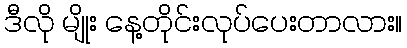
ဒီလို မျိုး နေ့တိုင်းလုပ်ပေးတာလား။